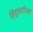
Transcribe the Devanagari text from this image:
हिंदुस्तानियों